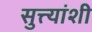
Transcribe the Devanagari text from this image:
सुत्त्यांशी